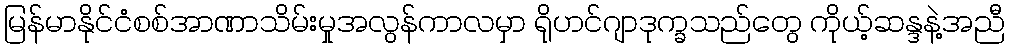
မြန်မာနိုင်ငံစစ်အာဏာသိမ်းမှုအလွန်ကာလမှာ ရိုဟင်ဂျာဒုက္ခသည်တွေ ကိုယ့်ဆန္ဒနဲ့အညီ